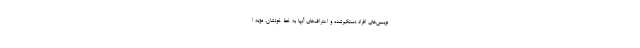
‌نویسی‌های افراد دستگیرشده و اعتراف‌های آنها به خط خودشان، مؤید ا